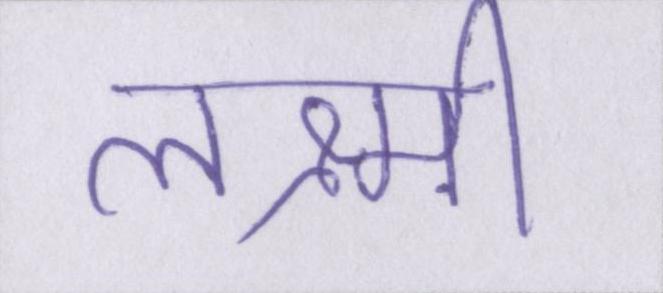
लक्ष्मी